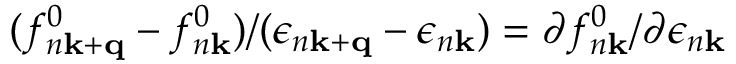
( f _ { n \mathbf k + \mathbf q } ^ { 0 } - f _ { n \mathbf k } ^ { 0 } ) / ( \epsilon _ { n \mathbf k + \mathbf q } - \epsilon _ { n \mathbf k } ) = \partial f _ { n \mathbf k } ^ { 0 } / \partial \epsilon _ { n \mathbf k }